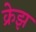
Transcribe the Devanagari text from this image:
क्रेझ